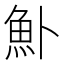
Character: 𬵂